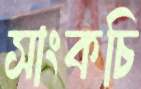
সাংকচি